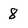
Character: 8